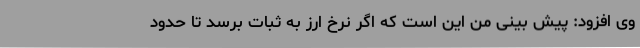
وی افزود: پیش بینی من این است که اگر نرخ ارز به ثبات برسد تا حدود